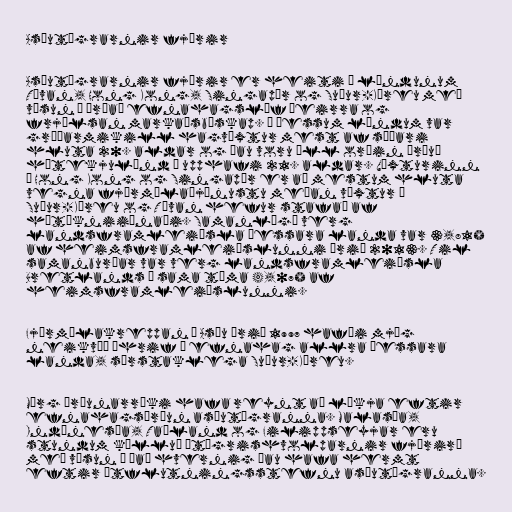
Asíutígrarnir fjórir

Asíutígrarnir fjórir er heiti á löndunum
Tævan, Hong Kong, Singapúr og Suður-Kóreu með
vísun í þróað efnahagslíf þeirra og
frjálsan markaðsbúskap. Í þessum löndum var
gríðarmikill hagvöxtur mest af síðari
hluta 20. aldar og þau voru öll orðin þróuð
hátekjulönd í upphafi 21. aldar. Vöxturinn
í Hong Kong og Singapúr er að mestum hluta
vegna fjármálaþjónustu meðan vöxtur í
Suður-Kóreu og Tævan hefur stafað af
hátækniiðnaði. Samanlögð verg
landsframleiðsla þessara landa var 3,81%
af heimsframleiðslunni árið 2013. Til
samanburðar var verg landsframleiðsla
Bretlands á sama tíma 4,07% af
heimsframleiðslunni.

Fjármálakreppan í Asíu árið 1997 hafði mjög
neikvæð áhrif á efnahag allra þessara
landa, sérstaklega Suður-Kóreu.

Mörg þróunarríki hafa reynt að líkja eftir
efnahagsþróun asíutígranna. Malasía,
Indónesía, Taíland og Filippseyjar eru
stundum kölluð „tígrishvolparnir fjórir“
með vísun í það hvernig þau hafa hermt
eftir útflutningsstefnu asíutígranna.